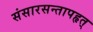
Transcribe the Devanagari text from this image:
संसारसन्तापहृत्